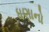
ધણાનો